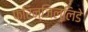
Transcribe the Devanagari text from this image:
फ्रिन्जिल्लिडे